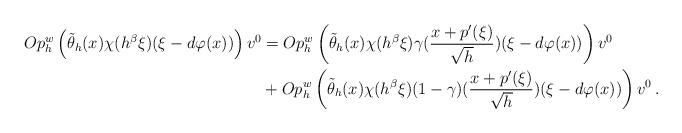
LaTeX: \begin{align*} Op_h^w\left(\tilde{\theta}_h(x)\chi(h^{\beta}\xi)(\xi-d\varphi(x))\right)v^0 & = Op_h^w\left(\tilde{\theta}_h(x)\chi(h^{\beta}\xi)\gamma(\frac{x+p'(\xi)}{\sqrt{h}})(\xi-d\varphi(x))\right)v^0 \\& + Op_h^w\left(\tilde{\theta}_h(x)\chi(h^{\beta}\xi)(1-\gamma)(\frac{x+p'(\xi)}{\sqrt{h}})(\xi-d\varphi(x))\right)v^0 \, .\end{align*}